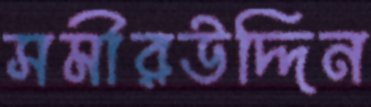
সমীরউদ্দিন